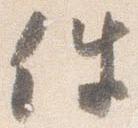
件